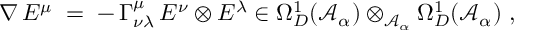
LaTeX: \nabla \, E ^ { \mu } \; = \; - \, \Gamma _ { \nu \lambda } ^ { \mu } \, E ^ { \nu } \otimes E ^ { \lambda } \in \Omega _ { D } ^ { 1 } ( { \mathcal A } _ { \alpha } ) \otimes _ { { \mathcal A } _ { \alpha } } \Omega _ { D } ^ { 1 } ( { \mathcal A } _ { \alpha } ) \ ,